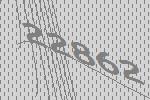
22862